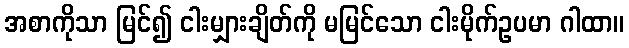
အစာကိုသာ မြင်၍ ငါးမျှားချိတ်ကို မမြင်သော ငါးမိုက်ဥပမာ ဂါထာ။